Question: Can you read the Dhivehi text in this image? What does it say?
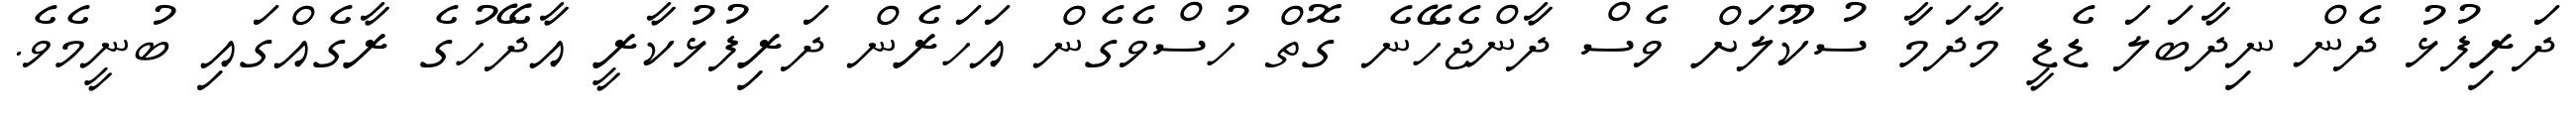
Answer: ދަރިފުޅު ދެން ނިދާބަލަ ޑެޑީ މާދަމާ ސުކޫލަށް ވެސް ދާންޖެހޭނެ ގޮތް ހުސްވެގެން އަހަރެން ދަރިފުޅުކާރީ އާދޭހުގެ ރާގެއްގައި ބުނީމެވެ.